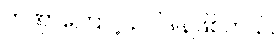
တဏှာကြောင့် ဥပါဒါန်ဖြစ်တယ်။